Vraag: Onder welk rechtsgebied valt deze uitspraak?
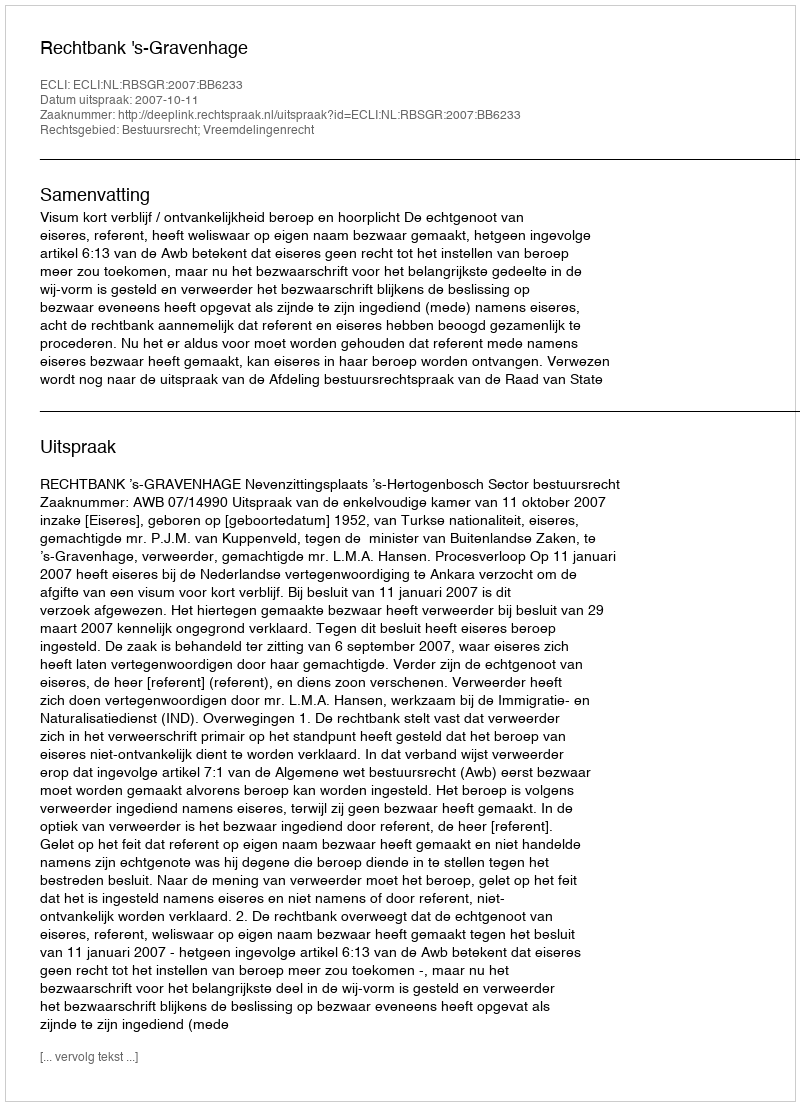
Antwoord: Bestuursrecht; Vreemdelingenrecht